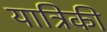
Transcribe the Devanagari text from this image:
यात्रिकी